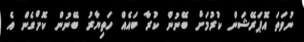
ނުވަތަ އޮޕަރޭޝަން ކުރުމަށް ބޭނުން ކުރާ ބައެއް ހަތިޔާރު ބޭނުން ކޮށްގެން އެ